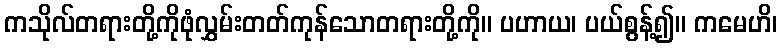
ကသိုလ်တရားတို့ကိုဖုံလွှမ်းတတ်ကုန်သောတရားတို့ကို။ ပဟာယ၊ ပယ်စွန့်၍။ ကမေဟိ၊